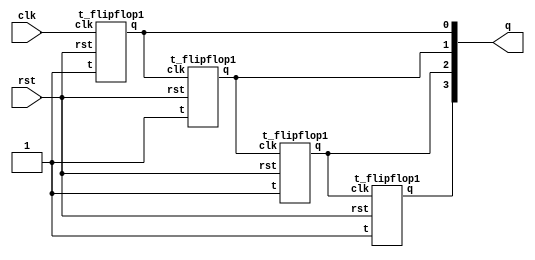
`timescale 1ns /1ps
//////////////////////////////////////////////////////////////////////////////////
// Company: 
// Engineer: 
// 
// Design Name: 
// Module Name: Async_down_counter
// Project Name: 
// Target Devices: 
// Tool Versions: 
// Description: 
// 
// Dependencies: 
// 
// Revision:
// Revision 0.01 - File Created
// Additional Comments:
// 
//////////////////////////////////////////////////////////////////////////////////


module Async_down_counter(
    input clk,rst,
    output [3:0] q
    );
 
    
    t_flipflop1 a1(.t(1'b1),.clk(clk),.rst(rst),.q(q[0]));
     t_flipflop1 a2(.t(1'b1),.clk(q[0]),.rst(rst),.q(q[1]));
    t_flipflop1 a3(.t(1'b1),.clk(q[1]),.rst(rst),.q(q[2]));
     t_flipflop1 a4(.t(1'b1),.clk(q[2]),.rst(rst),.q(q[3]));
endmodule
module t_flipflop1(
    input t,clk,rst,
    output reg q,qbar
    ); 
    initial q=0;
    
    always@(posedge clk)
    begin
   
    if(rst)
    begin
    q=0;qbar=1;
    end
    else begin
     if(t==1)
     q=(t&~q)|(~t&q);
     qbar=~q;
    end
    end
endmodule